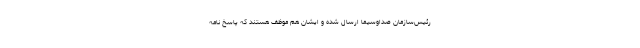
رئیس‌سازمان صداوسیما ارسال شده و ایشان هم موظف هستند که پاسخ نامه